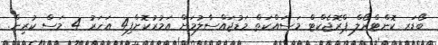
ބޯޑަރ ކޮންޓްރޯލް ޕްރޮޖެކްޓް މަސައްކަތް މަޑުޖައްސާލުމަށް އަމުރުކޮށްފި4 އަހަރު 4 މަސް ކުރިން.